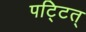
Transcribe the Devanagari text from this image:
पट्टित्